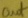
Text: out